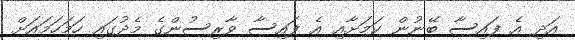
އަދި އެ ފައިސާ ބޭނުން ކަމަށާއި އެ ފައިސާ ވާރިސުންގެ މެދުގައި ހަމަހަމައަށް